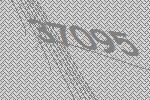
37095